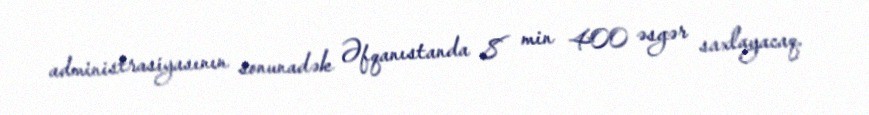
administrasiyasının sonunadək Əfqanıstanda 8 min 400 əsgər saxlayacaq.